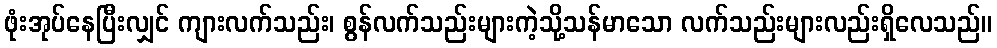
ဖုံးအုပ်နေပြီးလျှင် ကျားလက်သည်း၊ စွန်လက်သည်းများကဲ့သို့သန်မာသော လက်သည်းများလည်းရှိလေသည်။